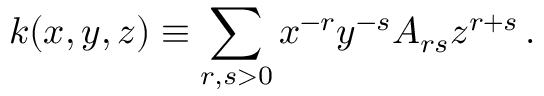
k ( x , y , z ) \equiv \sum _ { r , s > 0 } x ^ { - r } y ^ { - s } A _ { r s } z ^ { r + s } \, .